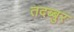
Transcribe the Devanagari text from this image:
तदब्बुर